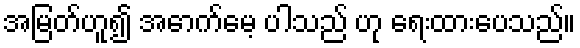
အမြတ်ဟူ၍ အောက်မေ့ ပါသည် ဟု ရေးထားပေသည်။